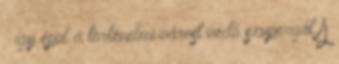
– így épül a történelmi várost védő szupergát A